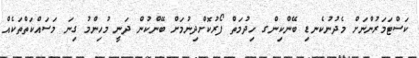
ކަސްޓަމަރުންނަށް މެދުނުކެނޑި ބޭންކިންގ ހިދުމަތް ފޯރުކޮށްދިނުމަށް ބޭންކުން ދަނީ މުހިންމު ގިނަ މަސައްކަތްތަކެއް